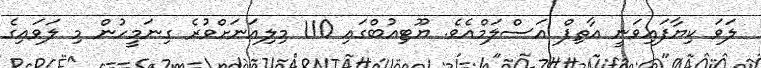
ލަވަ ކިޔާފައިވަނީ އާތިފް އަސްލަމްއެވެ. ޔޫޓިއުބްގައި 110 މިލިއަނަށްވުރެ ގިނަމީހުން މި ލަވައިގެ